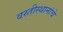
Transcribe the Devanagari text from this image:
वस्तीस्थानांचे